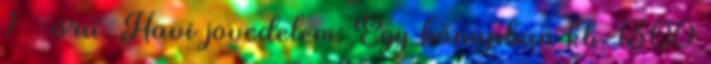
? óra. Havi jövedelem: Egy hónapban kb. 1300